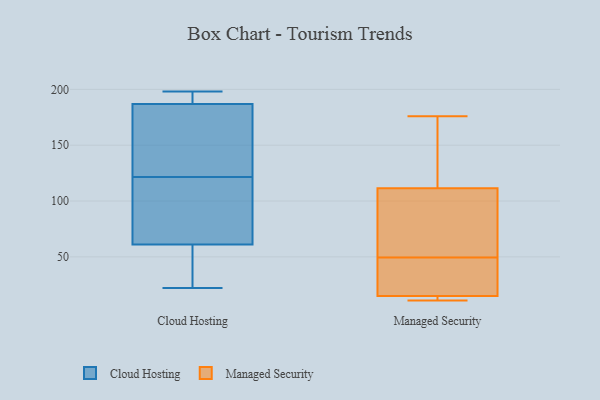
{"axis": {"x": "Budget (USD K)", "y": "Value"}, "legend": ["Cloud Hosting", "Managed Security"], "data": [{"x": "", "y": 129, "type": "Cloud Hosting"}, {"x": "", "y": 70, "type": "Cloud Hosting"}, {"x": "", "y": 64, "type": "Cloud Hosting"}, {"x": "", "y": 198, "type": "Cloud Hosting"}, {"x": "", "y": 61, "type": "Cloud Hosting"}, {"x": "", "y": 187, "type": "Cloud Hosting"}, {"x": "", "y": 120, "type": "Cloud Hosting"}, {"x": "", "y": 129, "type": "Cloud Hosting"}, {"x": "", "y": 46, "type": "Cloud Hosting"}, {"x": "", "y": 32, "type": "Cloud Hosting"}, {"x": "", "y": 197, "type": "Cloud Hosting"}, {"x": "", "y": 123, "type": "Cloud Hosting"}, {"x": "", "y": 22, "type": "Cloud Hosting"}, {"x": "", "y": 195, "type": "Cloud Hosting"}, {"x": "", "y": 53, "type": "Managed Security"}, {"x": "", "y": 68, "type": "Managed Security"}, {"x": "", "y": 11, "type": "Managed Security"}, {"x": "", "y": 15, "type": "Managed Security"}, {"x": "", "y": 12, "type": "Managed Security"}, {"x": "", "y": 142, "type": "Managed Security"}, {"x": "", "y": 147, "type": "Managed Security"}, {"x": "", "y": 13, "type": "Managed Security"}, {"x": "", "y": 46, "type": "Managed Security"}, {"x": "", "y": 15, "type": "Managed Security"}, {"x": "", "y": 71, "type": "Managed Security"}, {"x": "", "y": 81, "type": "Managed Security"}, {"x": "", "y": 31, "type": "Managed Security"}, {"x": "", "y": 176, "type": "Managed Security"}, {"x": "", "y": 160, "type": "Managed Security"}, {"x": "", "y": 26, "type": "Managed Security"}]}